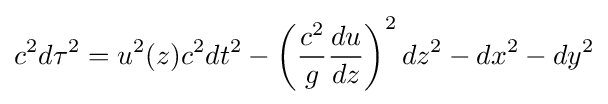
c^{2}d\tau ^{2}=u^{2}(z)c^{2}dt^{2}-\left({\frac {c^{2}}{g}}{\frac {du}{dz}}\right)^{2}dz^{2}-dx^{2}-dy^{2}